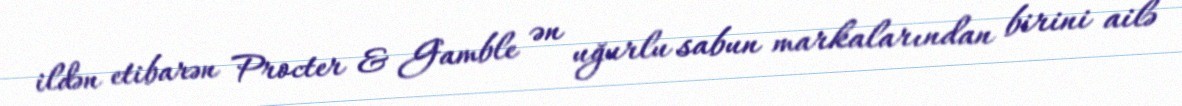
ildən etibarən Procter & Gamble ən uğurlu sabun markalarından birini ailə